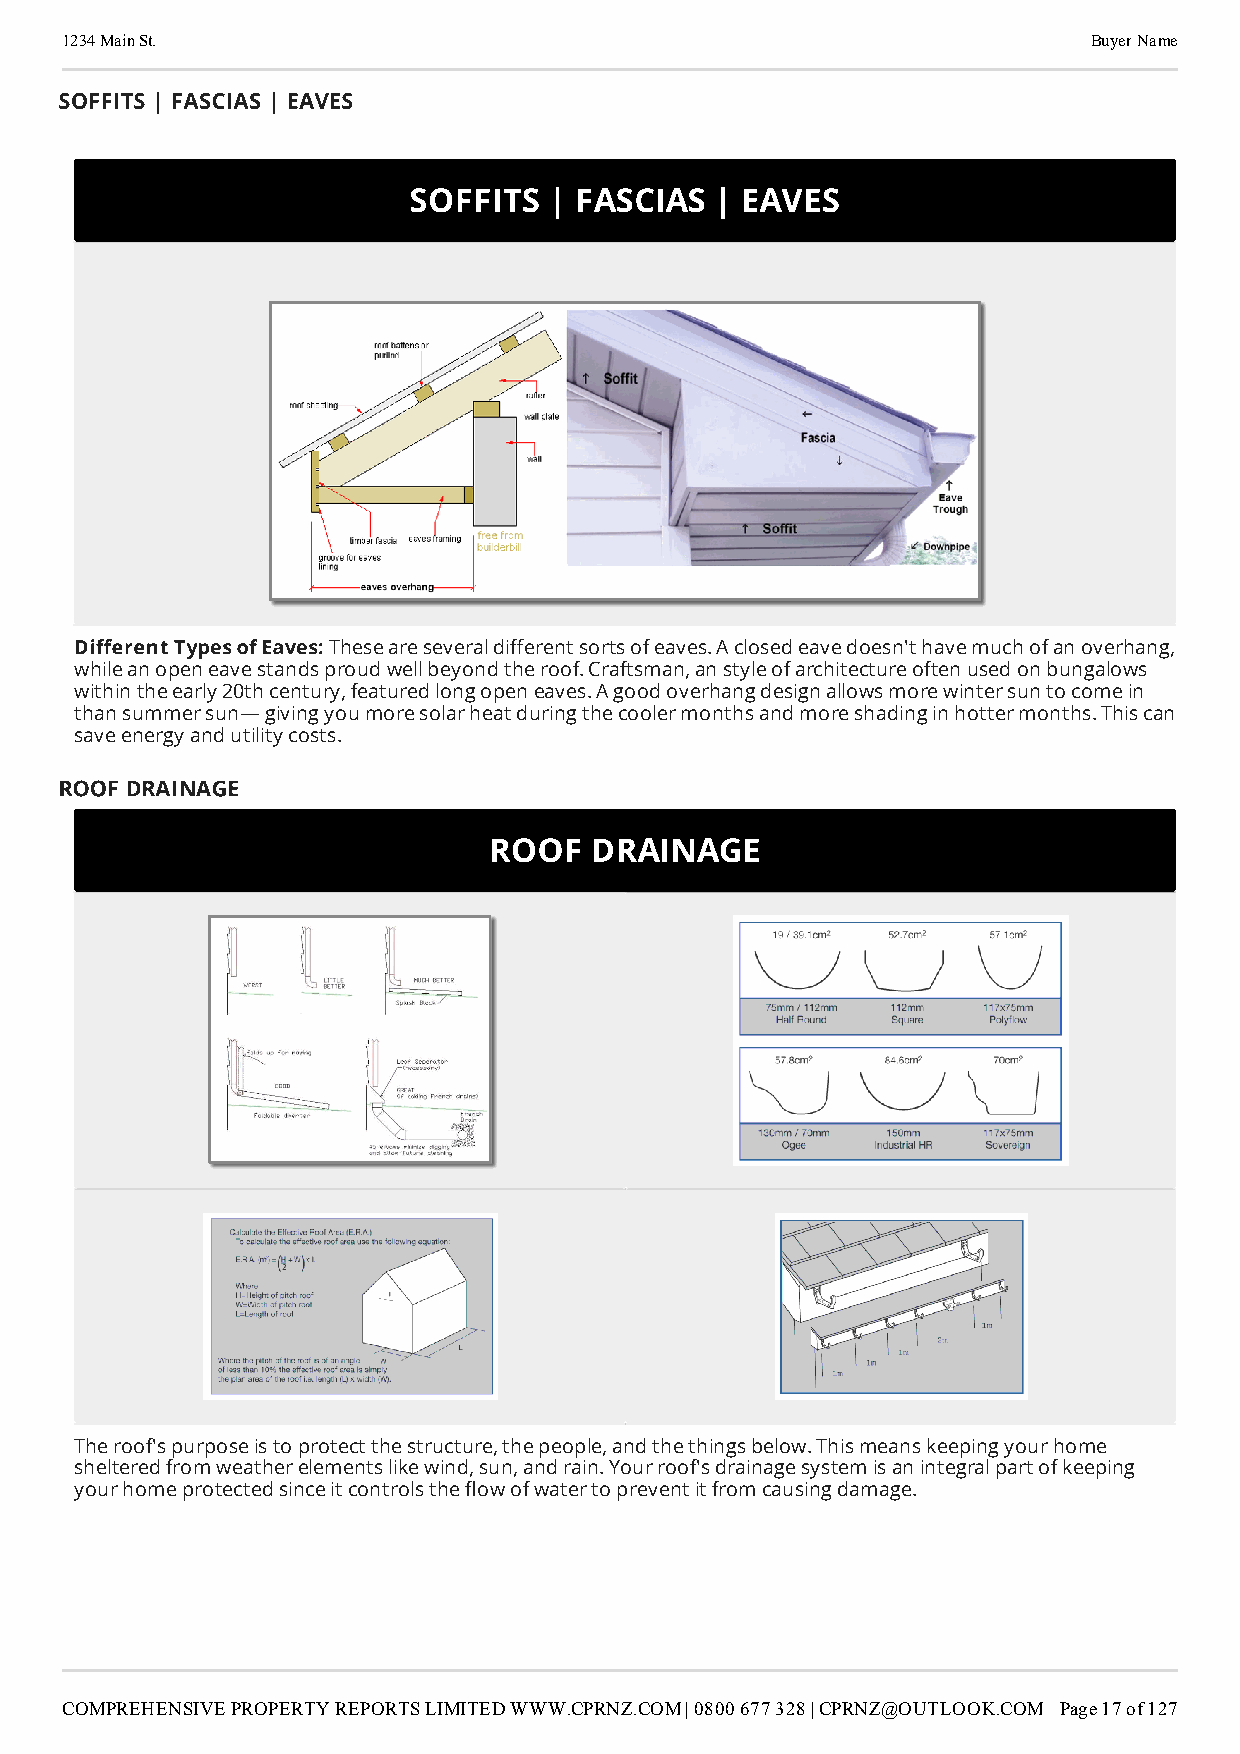
1234 Main St.                                                       Buyer Name
 SOFFITS | FASCIAS | EAVES
 SOFFITS  | FASCIAS  | EAVES
 Dierent Types of Eaves: These are several dierent sorts of eaves. A closed eave doesn't have much of an overhang,
 while an open eave stands proud well beyond the roof. Craftsman, an style of architecture often used on bungalows
 within the early 20th century, featured long open eaves. A good overhang design allows more winter sun to come in
 than summer sun— giving you more solar heat during the cooler months and more shading in hotter months. This can
 save energy and utility costs.
 ROOF DRAINAGE
 ROOF   DRAINAGE
 The roof's purpose is to protect the structure, the people, and the things below. This means keeping your home
 sheltered from weather elements like wind, sun, and rain. Your roof's drainage system is an integral part of keeping
 your home protected since it controls the ow of water to prevent it from causing damage.
 COMPREHENSIVE PROPERTY REPORTS LIMITED WWW.CPRNZ.COM | 0800 677 328 | CPRNZ@OUTLOOK.COM Page 17 of 127